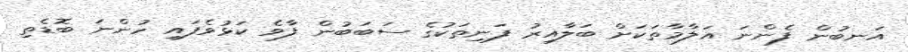
އަނބުން ފެންނަ އަލާމާތަކަށް ބަލާއިރު ފަނިތަކުގެ ސަބަބުން ފާވެ ކަޅުވެފައި ހުންނަ ބޮޑެތި